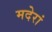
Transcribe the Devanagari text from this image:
मदेरां